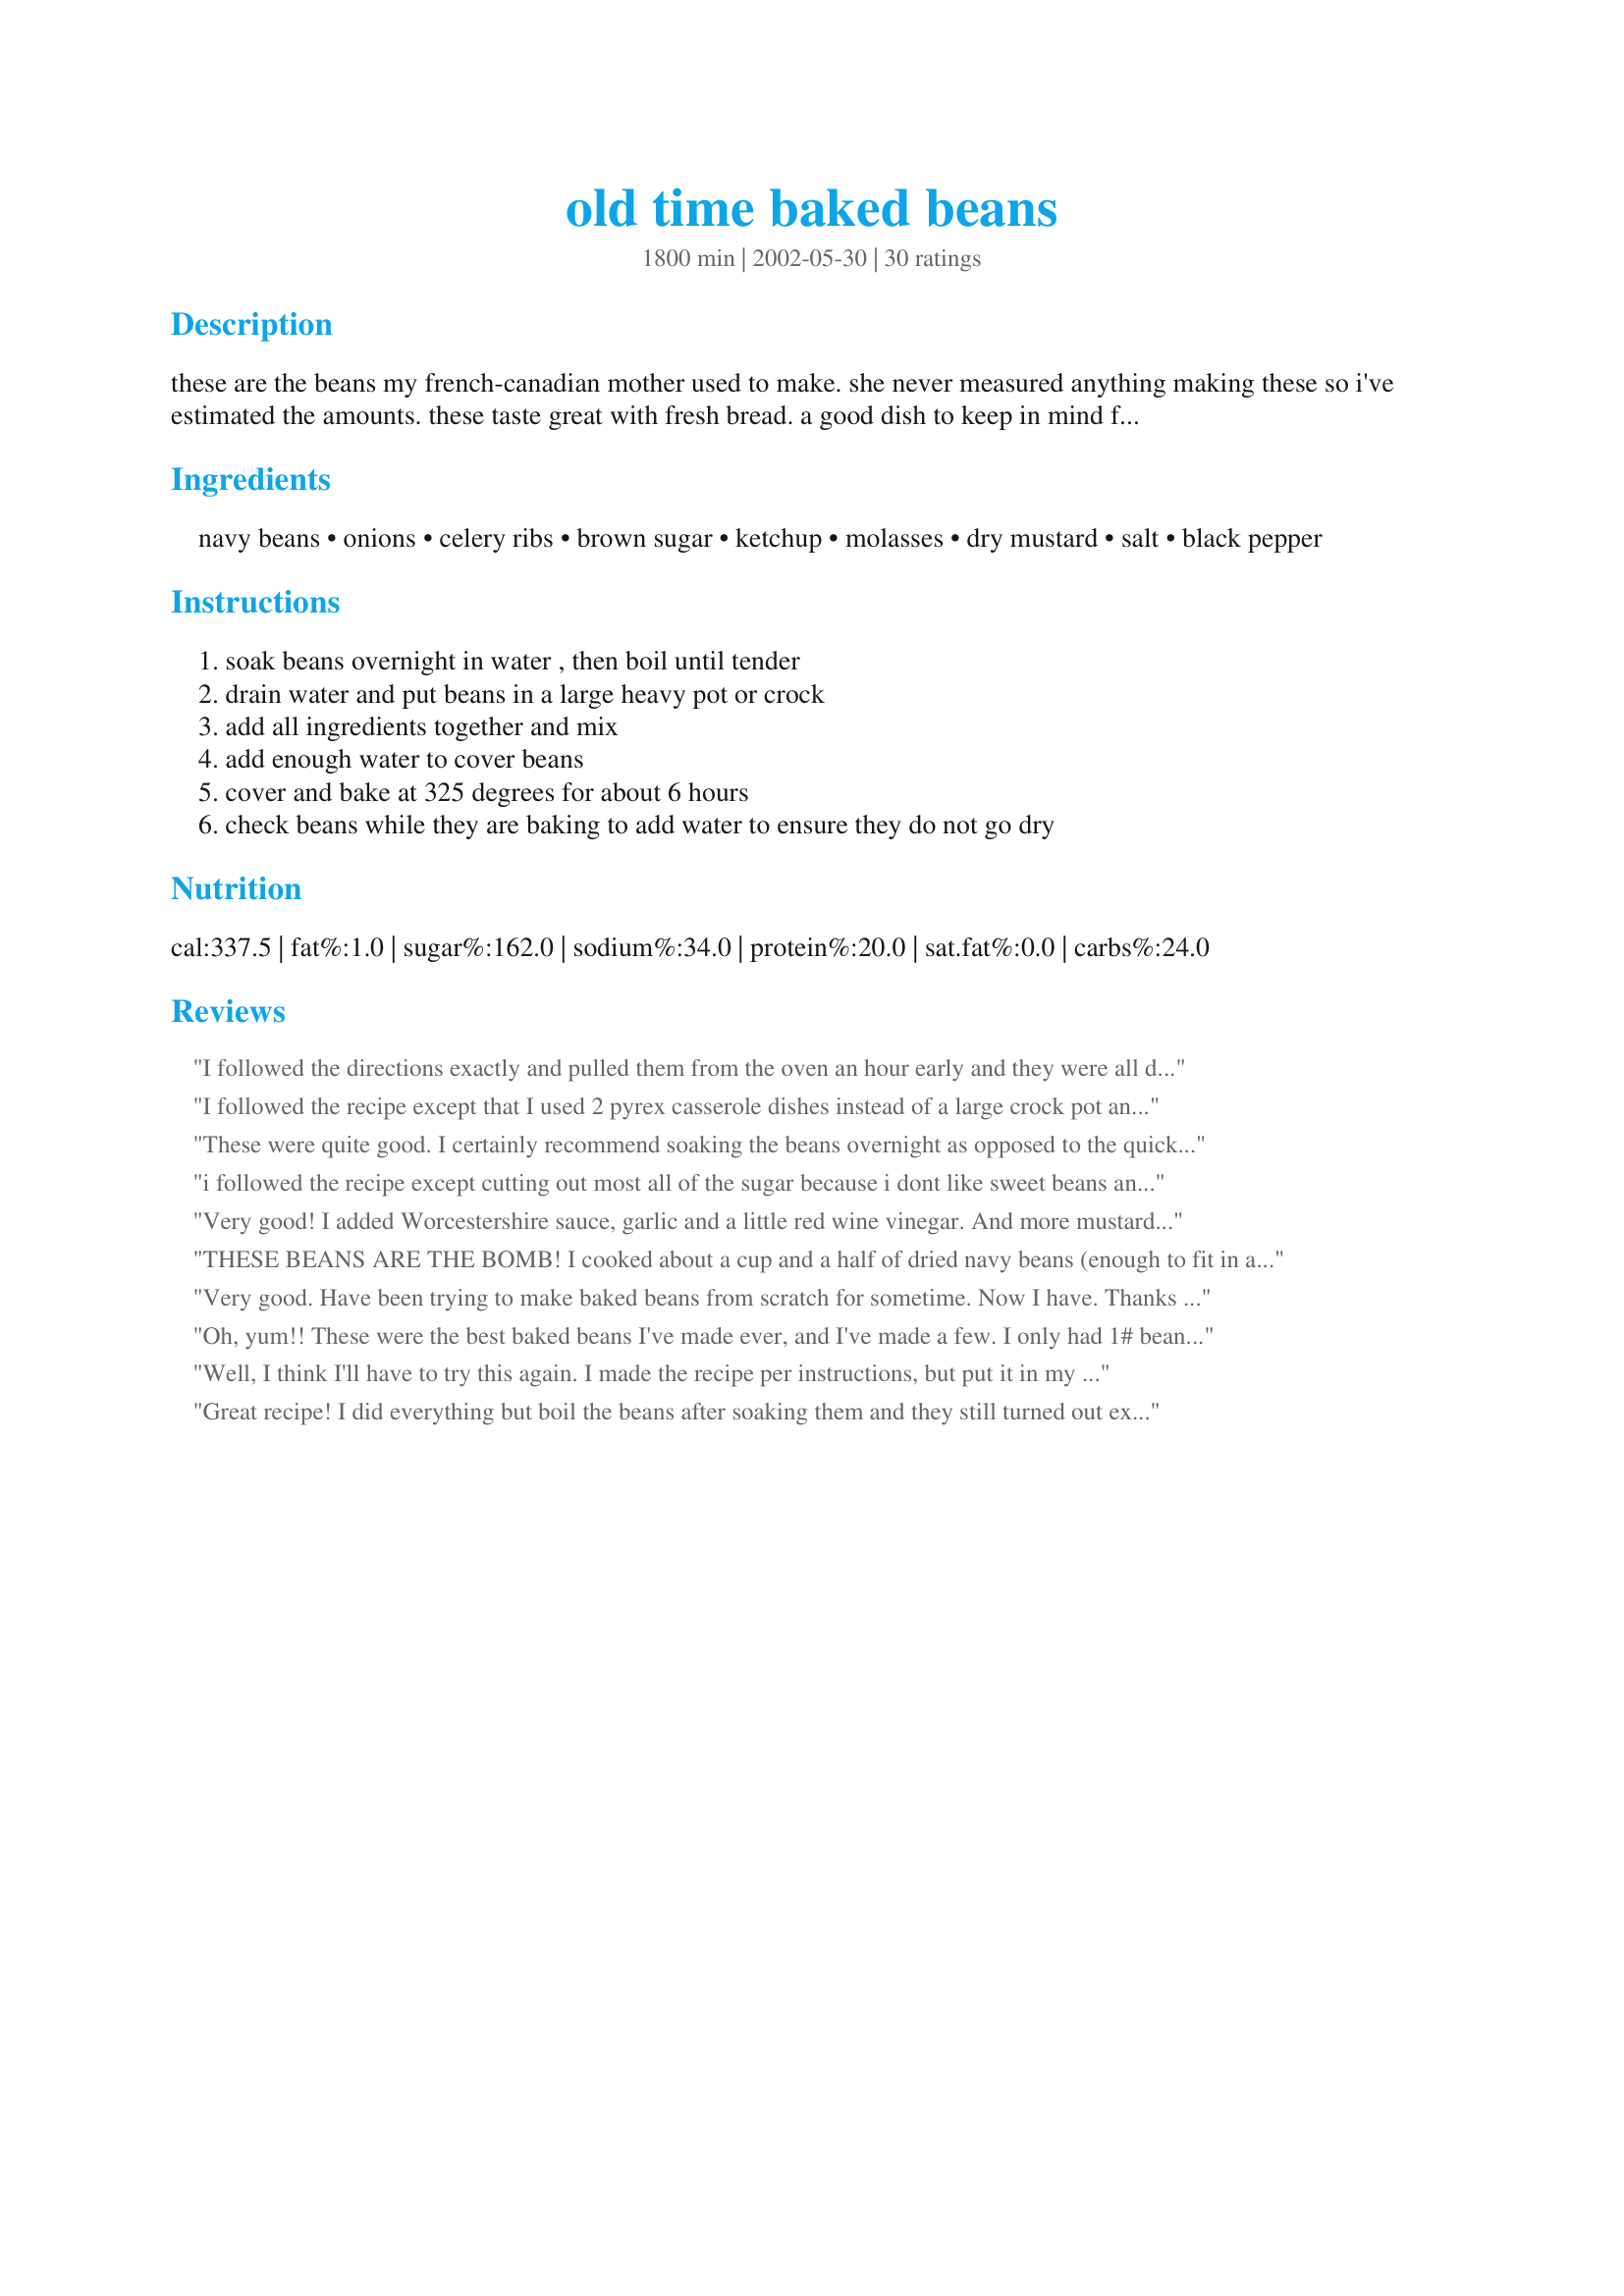
old time baked beans
Preparation time: 1800 minutes

these are the beans my french-canadian mother used to make. she never measured anything making these so i've estimated the amounts. these taste great with fresh bread. a good dish to keep in mind for pot-lucks. you can add pork or weiners to it if you like. bacon strips on top work well.

Ingredients:
navy beans, onions, celery ribs, brown sugar, ketchup, molasses, dry mustard, salt, black pepper

Steps:
soak beans overnight in water , then boil until tender, drain water and put beans in a large heavy pot or crock, add all ingredients together and mix, add enough water to cover beans, cover and bake at 325 degrees for about 6 hours, check beans while they are baking to add water to ensure they do not go dry

Reviews:
I followed the directions exactly and pulled them from the oven an hour early and they were all dried out and inedible! The flavor was good and I could tell they would have been yummy, but they just were overdone. Not sure what I did wrong, but I will try again.
I followed the recipe except that I used 2 pyrex casserole dishes instead of a large crock pot and I removed them after 5 hours instead of 6. I also used bacon. They dried out a bit even though I added water. I added more water to one than the other and it was less flavorful but still dryish. The flavor was good otherwise and I will try the recipe again but cut it in half and reduce the cooking time. I don't want to add more water than I did because I think it would compromise the flavor too much. I would half it next time--it made A LOT.
These were quite good. I certainly recommend soaking the beans overnight as opposed to the quick stovetop method. Checking water level is critical! Mine dried out twice. Thanks for posting and I will definitely have another try at these.
i followed the recipe except cutting out most all of the sugar because i dont like sweet beans and i put in some chipotle flakes for some heat.. the beans were still too sweet for me.? they seemed a bit watery and weak..i cooked them for 6 hours and even put broth instead of water for the liquid but still had to add a lot of salt.. the results were mixed some people thought they were pretty good others wouldt dare a second bite? i love baked beans but i guess this one didnt work out for me. sorry. i;m glad others loved it.
Very good! I added Worcestershire sauce, garlic and a little red wine vinegar. And more mustard. Also, in my household this would make 16-20 servings. Not bad thing to have leftovers, though. Thanks for posting.
THESE BEANS ARE THE BOMB! I cooked about a cup and a half of dried navy beans (enough to fit in an 8x8 Pyrex baking dish when cooked), halved the "sauce" recipe, added water to cover, and baked at 325 degrees, covered, for 4 to 4-1/2 hours. They went back in the oven the next day to reheat; I added a little bit more water so they wouldn't dry out, and they were F-A-B-U-L-O-U-S! The boyfriend and I can't get enough of them!
Excuse me while I check out the rest of Paul Elliott's recipes - THIS one was AWESOME! Thank you so much Paul (and your French-Canadian mother)!
Very good. Have been trying to make baked beans from scratch for sometime. Now I have. Thanks for sharing this great recipe. Will be having these again & again.
Oh, yum!! These were the best baked beans I've made ever, and I've made a few. I only had 1# beans, but kept the 'sauce' ingredients the same volume. In addition to the bacon on top, I chopped up a few slices and added them to the beans when they went in the oven. Today is weekly bread baking day, so when the beans came out the bread went in; beans stayed nice and hot on top of the oven. Your beans and my bread made a perfect winter meal. Thanks for a great recipe, Paul!
Well, I think I'll have to try this again. I made the recipe per instructions, but put it in my crock pot and cooked on high for 6 hrs. It was very soupy even though I cracked the lid for a while so the liquid could evaporate, but it didn't. I even put smoked bacon in. It really didn't work well for me, and I'm assuming it was the crock pot. There really wasn't a deep flavor and it was really soupy. So maybe I'll try it again in the oven.
Great recipe! I did everything but boil the beans after soaking them and they still turned out excellent. They have even more flavor the next day. Thanks.
I misread this recipe, and thought that it said to put the uncooked beans in the oven to bake in the sauce, which I tried. (Face red!) After the beans had not softened enough I cooked them on the stovetop, sort of reversing the order given. I did find the sauce too sweet for my taste. I also would like to have a stronger tomato flavor.
OUTSTANDING! I can't believe that this is the second time I have made these but didn't review them! I soaked the beans last night and made up the sauce. This morning I boiled the beans for about an hour before I went to work, drained them, put them into the casserole dish,mixed them with the sauce and popped them into the over ! I had intended on using my crockpot but there were too many beans and not enough crockpot! Hubby took the beans out after about 4-5 hours and called to say they were great. They should be even better by the time I bring them to a bbq tomorrow! Thanks Paul....the first time I made these beans they turned out wonderfully...and each time after so I won't change a thing as I don't want to tamper with perfection!
Too sweet for us, and rather bland compared to beans using salt pork or bacon. I would have to play around with the ingredients to make it to our liking.
Hey,hey,hey another note from the frenchman....where's the pork ("Bajou" in french )?? ,the smoked ,salted pork pieces is a must in that recipe ,the only way to be authentic
My DH is French of Canadian decent from Maine. He loves these. I put a whole onion in the botton of the bean pot and cook for up to 8 hours. Blackstrap molasses are best. Cover the beans with thin slices of salt pork for the best flavor.
First time I've ever successfully baked beans with this method. I'm so tickled and boy, were they good. I used pinto beans and added a couple of andouille sausages on top. We really liked the hot spiciness they added. Everything worked just as promised. I made half the recipe with the same time and temps in a 2.5 qt casserole. Perfect.
Very good!
I used pinto beans and black beans, and cut back on the brown sugar as suggested. I also added a section of smoked pork ribs. These are probably the best I've ever tasted.
These are in the oven now. I did have to add more water after 3 hours. I tasted them at that time and they were great! I can't wait to have them with dinner.
Great taste
So glad to finally find a baked beans recipe that worked for me. This was fabulous!! I keep prepared beans in the freezer and after Googling for the correct amount I found that 8-10 cups prepared was equivalent to 2 lbs dry. I used a combination of small white beans, red beans, black beans, and butter beans. This recipe is easy and inexpensive and everyone loved it! I will definitely be making these beans again. I might try the crock pot next time to see if that works so I don't need to leave the oven on 6 hours. Thank you for posting this recipe!
These are very good. I made them tonight to go with bbq ribs and we loved them. I did add some crispy bacon (with some of the grease) to this but it didnt need it. Thank you for sharing this with us.
Made these for Christmas dinner and everybody loved them. My 7 year old non-bean eater even ate them and said that they were good. Great recipe. Thank you!
These beans are wonderful! I'd never used celery in beans before. I was a little bit worried about using 1 tsp of black pepper, but closed my eyes and used it anyways! I did add a few slices of bacon on top. They had a lovely flavour and were perfectly cooked. Thanks so much.
Great recipe! I used the overnight soak method which seemed to work quite well. I had to split the beans between two dishes as I didn't have one single dish large enough. Be sure to keep a close eye on the beans as they do absorb the water while cooking, I added water about three times to my beans. 
Thanks for posting Paul!
I cheated and used a crockpot (ribs were in the oven!) and these turned out awesome!! The only change I did was use red kidney beans (what I had on hand) and added a little garlic. I was craving baked beans that I didnt have to open any cans to make and these were worth the wait, there were no leftovers.
Yeah, these beans definitely rock! I used fresh tomatoes instead of ketchup, and added a chipotle pepper in adobo sauce, 1/4 c cilantro, and 3 large cloves of garlic, which I thought would go particularly well with "Pulled Pork" (#26257) and "Freezer Slaw" (#9099). Soaked the dry beans in hot water for an hour, and then let them bake without pre-cooking for about 6 hours at 250F (the temp the Pulled Pork required). This "chipotlified" version worked beautifully, and I'm sure it's fantastic as written too (I can't seem to make *anything* without tinkering a bit with the recipe). Thanks for posting!
This was my first attempt at baked beans from scratch and was successful til we lost track of time. Darn good thing I had practically turned the oven off since 3 hours late on our serving schedule, they looked dried but weren't and everyone loved them. Added some water next day and served up for breakfast of champions.
OMG! I made these for a birthday picnic and they were the hit of the meal. As one eater said, "These beans are to DIE for." Wonderful flavor, easy to follow recipe. I won't ever go back to doctored up canned again! Plus, I can change the sweetness and spiciness as needed for my guests. Thank you for a great, great recipe.
These were too sweet for our taste, and no one wanted to eat them. Extra salt really helped. Next time I would half the brown sugar.
These were so easy to make and delicious. I served them to a crowd at a family BBQ and everyone was amazed that I made them from scratch. I don't think I'll ever bother with canned beans again. Thank you for a great recipe!
